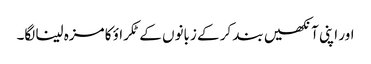
اور اپنی آنکھیں بند کر کے زبانوں کے ٹکراؤ کا مزہ لینا لگا۔